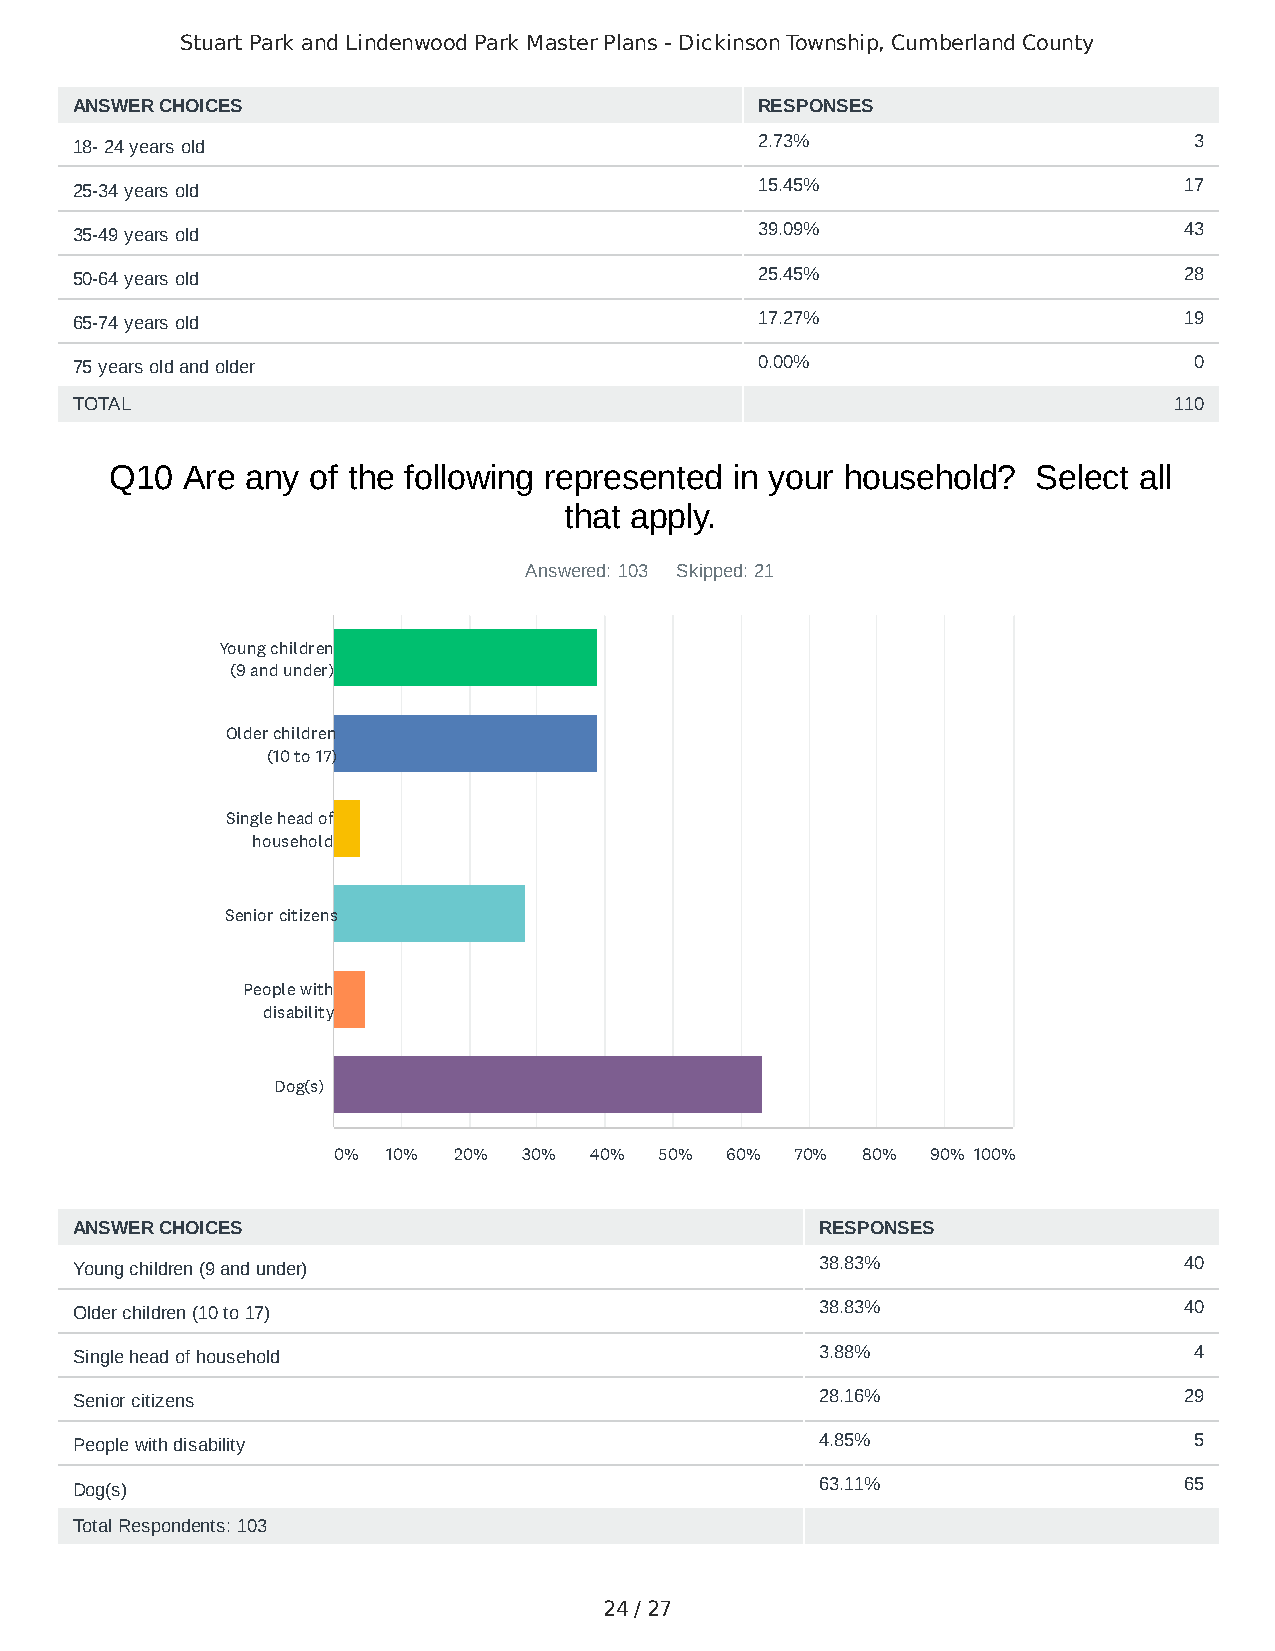
Stuart Park and Lindenwood Park Master Plans - Dickinson Township, Cumberland County
 ANSWER CHOICES                               RESPONSES
 18- 24 years old                             2.73%                        3
 25-34 years old                              15.45%                      17
 35-49 years old                              39.09%                      43
 50-64 years old                              25.45%                      28
 65-74 years old                              17.27%                      19
 75 years old and older                       0.00%                        0
 TOTAL                                                                    110
 Q10  Are any of the following represented in your household?  Select all
 that apply.
 Answered: 103 Skipped: 21
 Young children
 (9 and under)
 Older children
 (10 to 17)
 Single head of
 household
 Senior citizens
 People with
 disability
 Dog(s)
 0%  10% 20%  30% 40%  50% 60%  70% 80%  90% 100%
 ANSWER CHOICES                                   RESPONSES
 Young children (9 and under)                     38.83%                  40
 Older children (10 to 17)                        38.83%                  40
 Single head of household                         3.88%                    4
 Senior citizens                                  28.16%                  29
 People with disability                           4.85%                    5
 Dog(s)                                           63.11%                  65
 Total Respondents: 103
 24 / 27